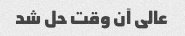
عالی آن وقت حل شد